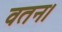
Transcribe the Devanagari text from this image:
वतन।